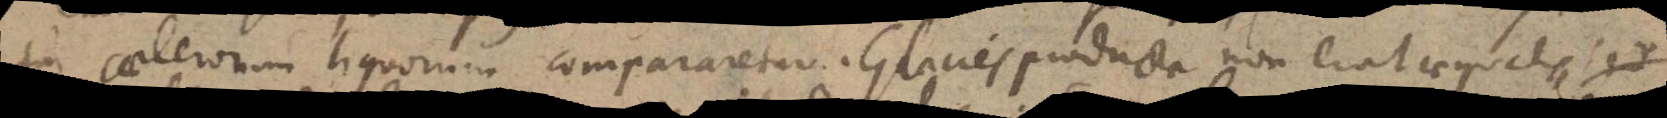
tui caeterorum liquorum compararetur. Glacies producta non erat aequalis, sed